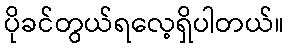
ပိုခင်တွယ်ရလေ့ရှိပါတယ်။